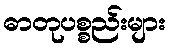
ဓာတုပစ္စည်းများ